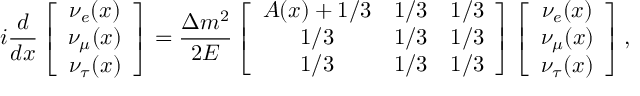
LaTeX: i { \frac { d } { d x } } \left[ \begin{array} { c } { { \nu _ { e } ( x ) } } \\ { { \nu _ { \mu } ( x ) } } \\ { { \nu _ { \tau } ( x ) } } \end{array} \right] = { \frac { \Delta m ^ { 2 } } { 2 E } } \left[ \begin{array} { c c c } { { A ( x ) + 1 / 3 } } & { { 1 / 3 } } & { { 1 / 3 } } \\ { { 1 / 3 } } & { { 1 / 3 } } & { { 1 / 3 } } \\ { { 1 / 3 } } & { { 1 / 3 } } & { { 1 / 3 } } \end{array} \right] \left[ \begin{array} { c } { { \nu _ { e } ( x ) } } \\ { { \nu _ { \mu } ( x ) } } \\ { { \nu _ { \tau } ( x ) } } \end{array} \right] ,